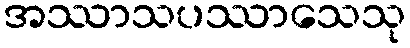
အဿာသပဿာသေသု